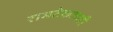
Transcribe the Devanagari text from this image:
रामटेकलाही